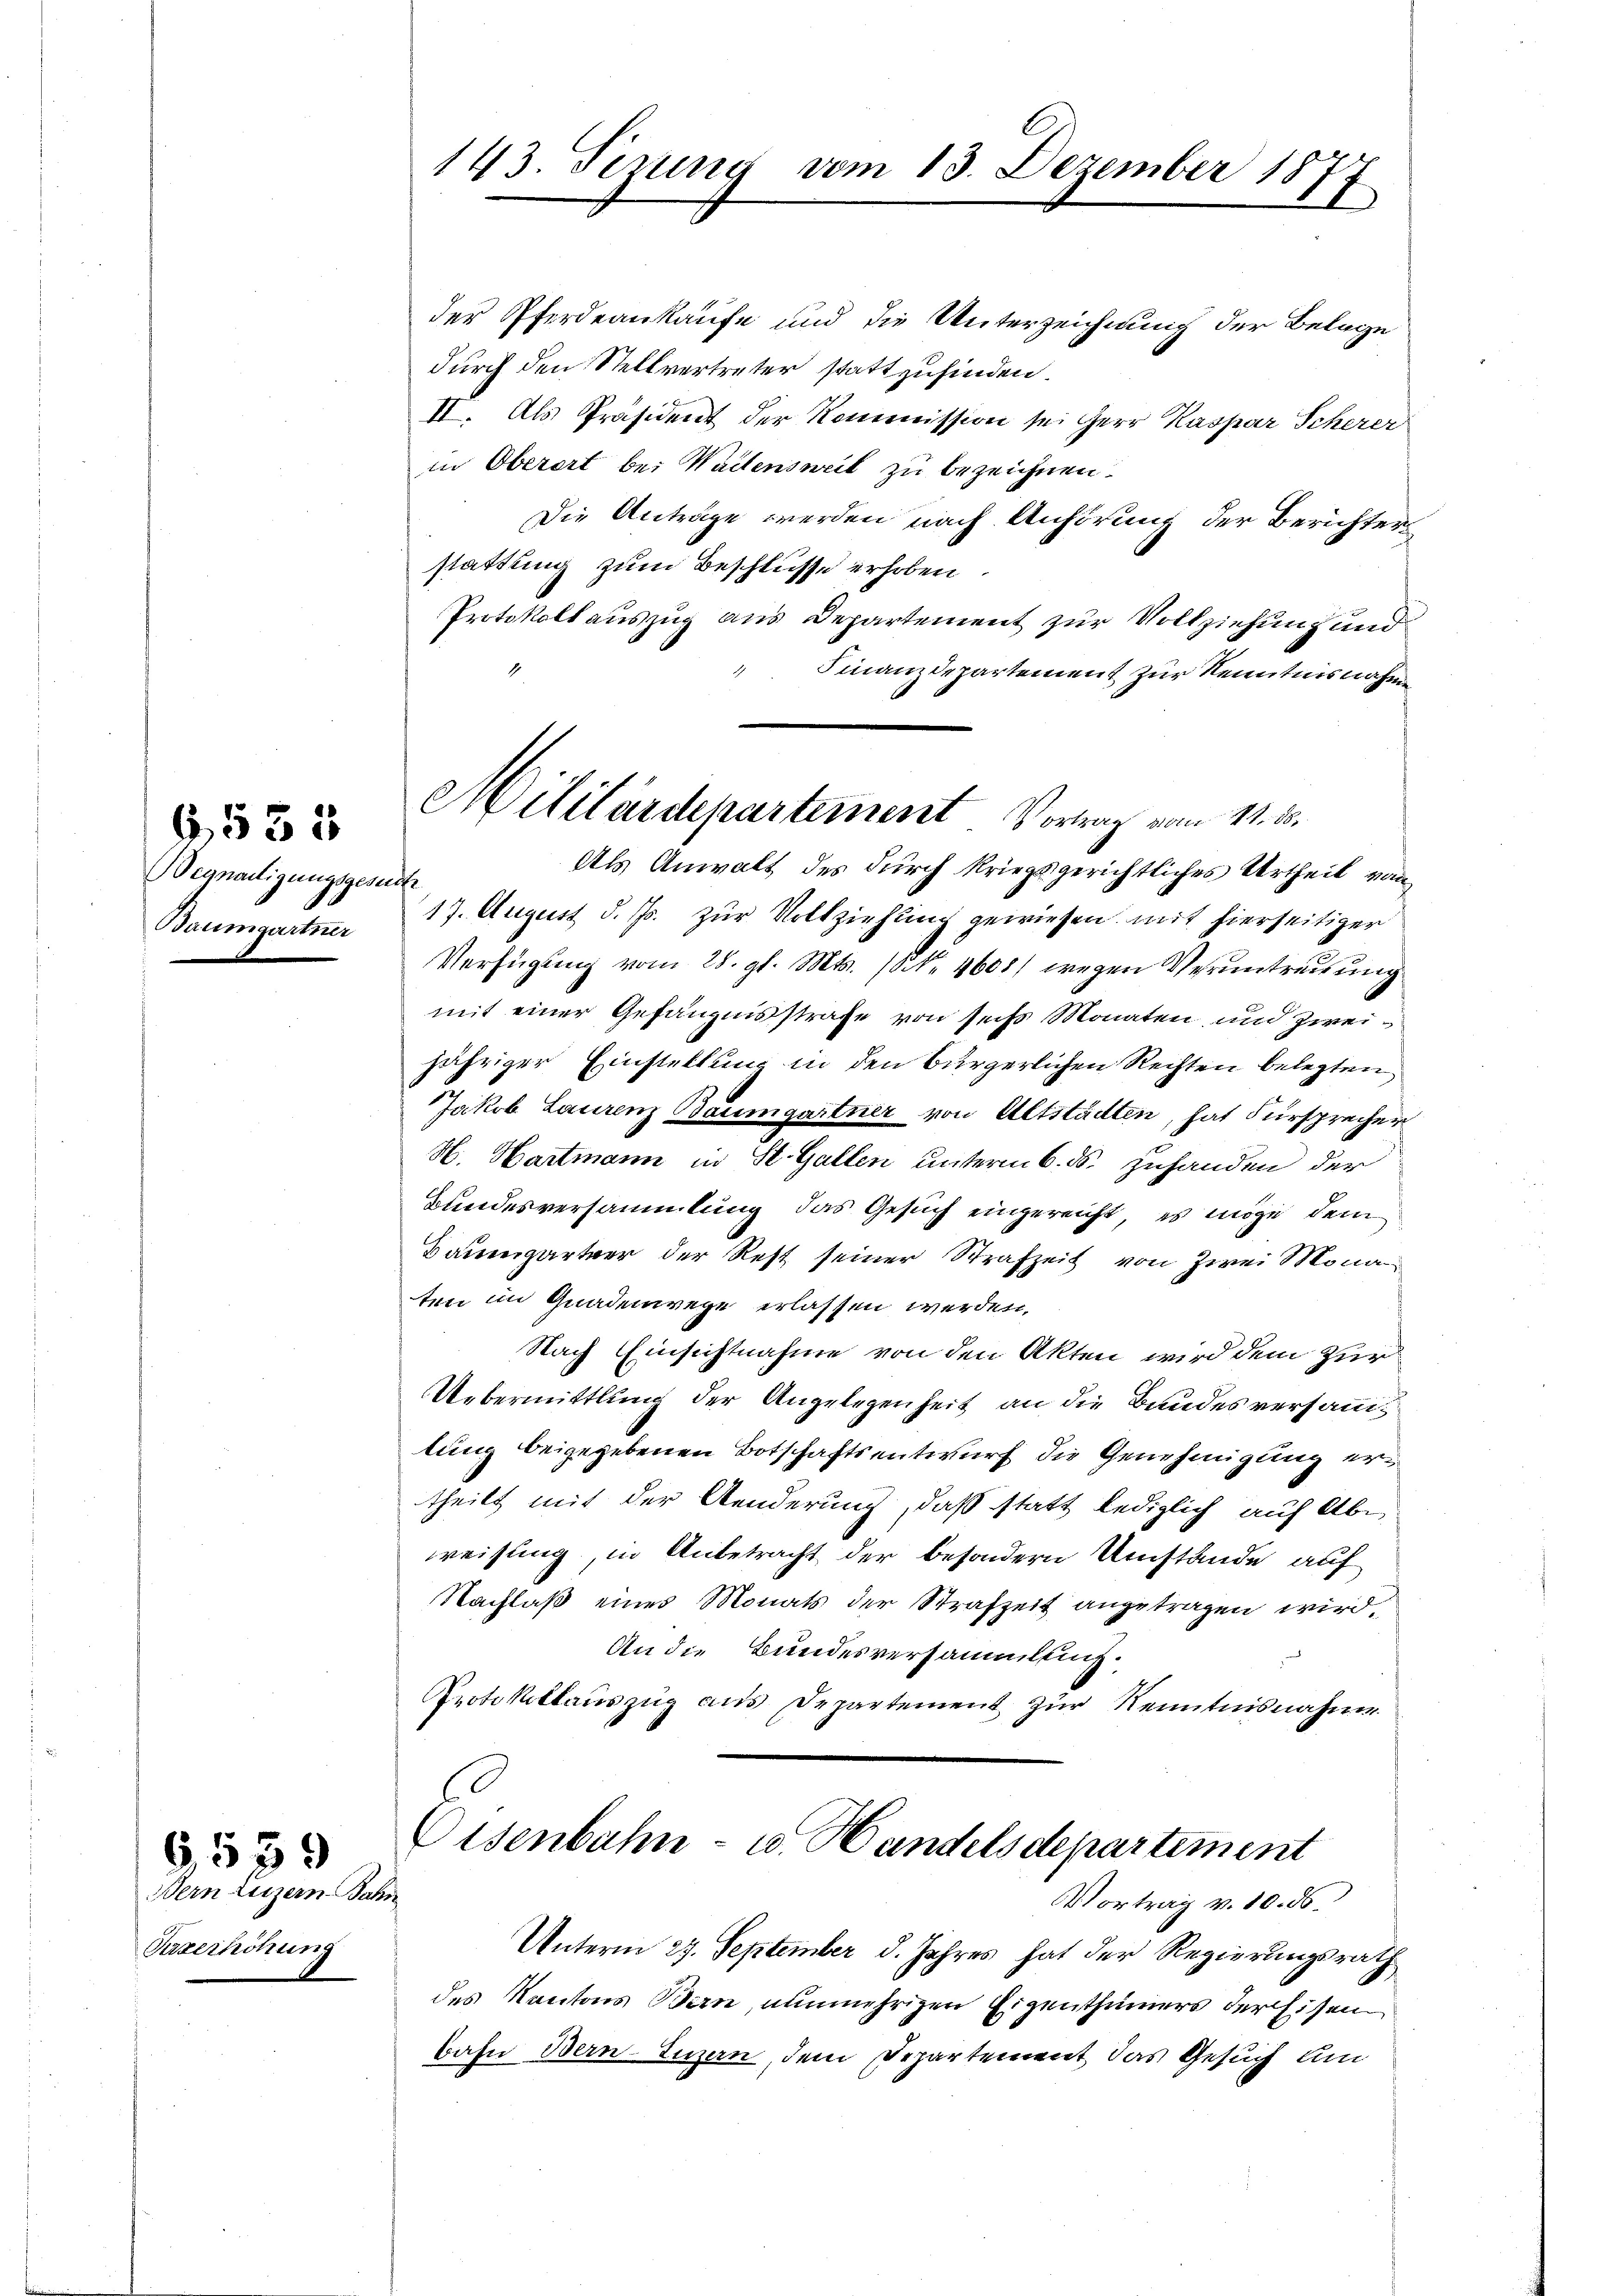
Begnadigungsgesu
Baumgartner

6,532

Bern Luzern Bahn
Pizerhöhung

6539

143. Perung vom 13. Dezember 187
2
.

Militärdepartement Vortrag vom 11. d.

Eisenbahn- u. Handelsdepartement
Vortrag v. 10. ds.

der Pferdeankaufe und die Unterzeichnung der Belage
durch den Stellvertreter stattzufinden.
II. Als Präsident der Kommission sei Herr Kaspar Scherer
in Oberort bei Waltensweil zu bezeichnen.
Die Anträge werden nach Anhörung der Berichter
stattung zum Beschlüsse erhoben
Protokoll auszug aus Departement zur Vollziehung und
Finanzdepartement zur Kenntnisnahme
Als Anwalt des durch kriegsgerichtliches Urtheil von
f
17. August d. Js. zur Volkziehung gewiesen mit hierseitiger
Verfügung vom 28. gl. Mts. (S. 4608) wegen Verantreitung
mit einer Gefängnisstrafe von seis Monaten, und Zweijähriger Einstellung in den bürgerlichen Rechten belegten
Jakob Laurenz Baumgartner von Altstädten, hat Fürsprecher
H. Hartmann in St. Gallen unterm 6. ds. zuhanden der
Bundesversammlung das Gesuch eingereicht, es möge dem
Baumgartner der Rest seiner Strafzeit von Zwei Mona
ten im Gnadenwege erlassen werden.
Nach Einsichtnahme von den Akten wird dem Zur
Uebermittlung der Angelegenheit an die Bandesversamm
lung beigegebenen Botschaftsentwurf die Genehmigung ertheilt mit der Aenderung, daß statt lediglich auf Abe
weisung, in Anbetracht der besondern Umstände auf
Nachlaß eines Monats der Strafzeit angetragen wird,
An die Bundesversammlung.
Protokollauszug aus Departement zur Kenntnisnahme

Unterm 27. September d. Jahres hat der Regierungsrath
des Kantons Bern, nunmehrigen Eigenthümers der Eisen
bahn Bern-Luzern, dem Departement, das Gesuch Am